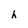
Character: h